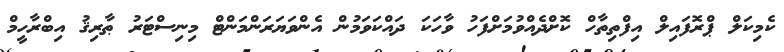
ކެމިކަލް ޕްރޮފައިލް އިފްތިތާހް ކޮށްދެއްވުމަށްފަހު ވާހަކަ ދައްކަވަމުން އެންވަޔަރަންމަންޓް މިނިސްޓަރު ޠާރިޤު އިބްރާހީމް